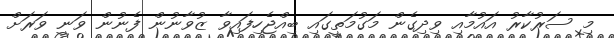
މި ސަރުކާރު އައުމާއި ވިދިގެން މަގުމަތީގައި ބިއްޖެހިފައިވާ ޒުވާނުން ފެނުން ވަނީ ވަރަށް